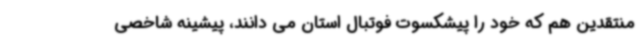
منتقدین هم که خود را پیشکسوت فوتبال استان می دانند، پیشینه شاخصی